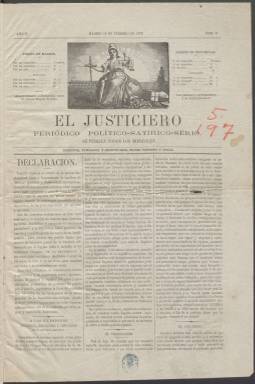
Título: El Justiciero (Madrid. 1872)
Colección: Periódicos
Ámbito geográfico: Madrid
Lugar de publicación: Madrid
Fechas: 19/02/1873-25/05/1873